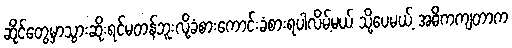
ဆိုင်တွေမှာသွားဆိုးရင်မတန်ဘူးလို့ခံစားကောင်းခံစားရပါလိမ့်မယ် သို့ပေမယ့် အဓိကကျတာက